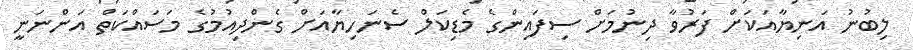
ލިބުނު އަނިޔާއަކަށް ފަރުވާ ދިނުމަށް ސިފައިންގެ މެޑިކަލް ސެނަހިޔާއަށް ގެންދިއުމުގެ މަސައްކަތް އަންނަނީ